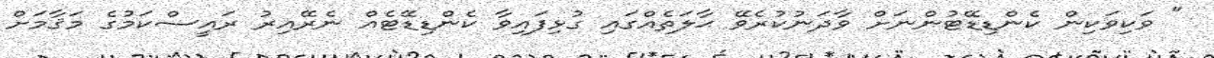
" ވަކިވަކިން ކެންޑިޑޭޓުންނަށް ވާދަނުކުރެވޭ ޙާލަތެއްގައި ގުޅިފައިވާ ކެންޑިޑޭޓެއް ނެރޭއިރު ރައީސްކަމުގެ މަޤާމަށް